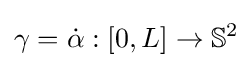
\gamma ={\dot {\alpha }}:[0,L]\to \mathbb {S} ^{2}